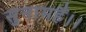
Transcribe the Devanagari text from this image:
सुनामहैं।।